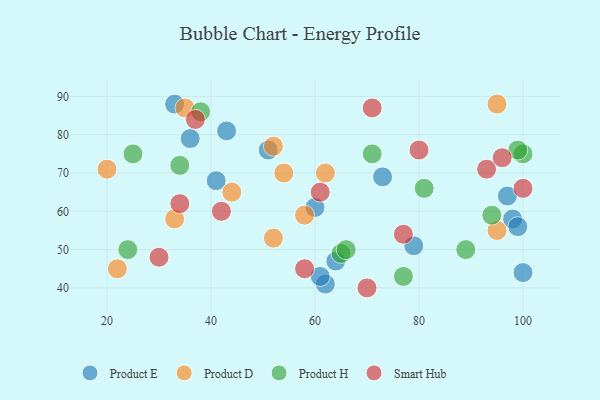
{"axis": {"x": "GDP", "y": "Life Expectancy"}, "legend": ["Product D", "Product E", "Product H", "Smart Hub"], "data": [{"x": "51", "y": 76, "type": "Product E"}, {"x": "73", "y": 69, "type": "Product E"}, {"x": "62", "y": 41, "type": "Product E"}, {"x": "61", "y": 43, "type": "Product E"}, {"x": "41", "y": 68, "type": "Product E"}, {"x": "97", "y": 64, "type": "Product E"}, {"x": "98", "y": 58, "type": "Product E"}, {"x": "60", "y": 61, "type": "Product E"}, {"x": "100", "y": 44, "type": "Product E"}, {"x": "99", "y": 56, "type": "Product E"}, {"x": "79", "y": 51, "type": "Product E"}, {"x": "64", "y": 47, "type": "Product E"}, {"x": "43", "y": 81, "type": "Product E"}, {"x": "33", "y": 88, "type": "Product E"}, {"x": "36", "y": 79, "type": "Product E"}, {"x": "22", "y": 45, "type": "Product D"}, {"x": "95", "y": 88, "type": "Product D"}, {"x": "44", "y": 65, "type": "Product D"}, {"x": "33", "y": 58, "type": "Product D"}, {"x": "35", "y": 87, "type": "Product D"}, {"x": "52", "y": 77, "type": "Product D"}, {"x": "52", "y": 53, "type": "Product D"}, {"x": "95", "y": 55, "type": "Product D"}, {"x": "20", "y": 71, "type": "Product D"}, {"x": "54", "y": 70, "type": "Product D"}, {"x": "58", "y": 59, "type": "Product D"}, {"x": "62", "y": 70, "type": "Product D"}, {"x": "25", "y": 75, "type": "Product H"}, {"x": "100", "y": 75, "type": "Product H"}, {"x": "24", "y": 50, "type": "Product H"}, {"x": "65", "y": 49, "type": "Product H"}, {"x": "71", "y": 75, "type": "Product H"}, {"x": "89", "y": 50, "type": "Product H"}, {"x": "38", "y": 86, "type": "Product H"}, {"x": "34", "y": 72, "type": "Product H"}, {"x": "81", "y": 66, "type": "Product H"}, {"x": "66", "y": 50, "type": "Product H"}, {"x": "77", "y": 43, "type": "Product H"}, {"x": "94", "y": 59, "type": "Product H"}, {"x": "99", "y": 76, "type": "Product H"}, {"x": "30", "y": 48, "type": "Smart Hub"}, {"x": "58", "y": 45, "type": "Smart Hub"}, {"x": "37", "y": 84, "type": "Smart Hub"}, {"x": "80", "y": 76, "type": "Smart Hub"}, {"x": "77", "y": 54, "type": "Smart Hub"}, {"x": "100", "y": 66, "type": "Smart Hub"}, {"x": "42", "y": 60, "type": "Smart Hub"}, {"x": "61", "y": 65, "type": "Smart Hub"}, {"x": "70", "y": 40, "type": "Smart Hub"}, {"x": "34", "y": 62, "type": "Smart Hub"}, {"x": "93", "y": 71, "type": "Smart Hub"}, {"x": "96", "y": 74, "type": "Smart Hub"}, {"x": "71", "y": 87, "type": "Smart Hub"}]}